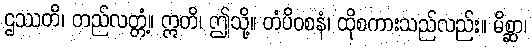
ဌဿတိ၊ တည်လတ္တံ့။ ဣတိ၊ ဤသို့။ တံပိဝစနံ၊ ထိုစကားသည်လည်း။ မိစ္ဆာ၊